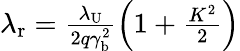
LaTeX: \begin{array}{r}{\lambda_{\mathrm{r}}=\frac{\lambda_{\mathrm{U}}}{2q\gamma_{\mathrm{b}}^{2}}\left(1+\frac{K^{2}}{2}\right)}\end{array}